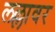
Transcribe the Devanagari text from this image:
लल्लावर